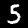
Label: 5